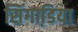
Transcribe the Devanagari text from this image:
सिंगाडि़या